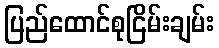
ပြည်ထောင်စုငြိမ်းချမ်း